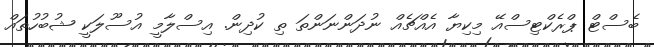
ބެސްޓް ޕްރެކްޓިސްއޭ މިކިޔާ އެއްޗެއް ނުދަންނަންތަ ތި ކުދިން. އިސްލާމީ އުސޫލަކީ ޝުބުހުތައް